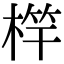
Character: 𣔼